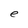
Character: e